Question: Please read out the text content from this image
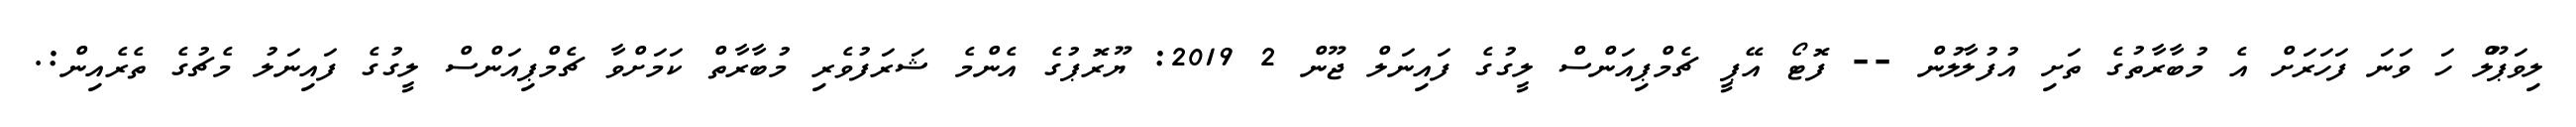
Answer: ލިވަޕޫލް ހަ ވަނަ ފަހަރަށް އެ މުބާރާތުގެ ތަށި އުފުލާލުން -- ފޮޓޯ އޭޕީ ޗެމްޕިއަންސް ލީގުގެ ފައިނަލް ޖޫން 2 2019: ޔޫރޮޕުގެ އެންމެ ޝަރަފުވެރި މުބާރާތް ކަމަށްވާ ޗެމްޕިއަންސް ލީގުގެ ފައިނަލު މެޗުގެ ތެރެއިން:.